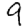
Digit: 9